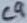
Text: C9